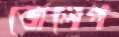
জেলেপ